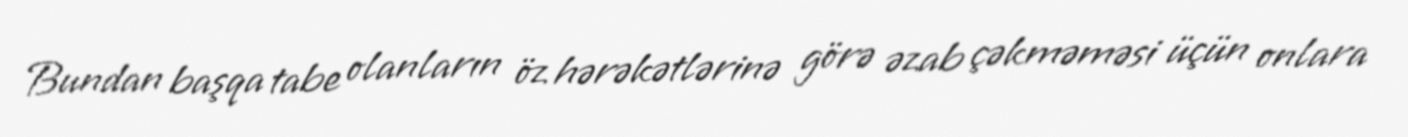
Bundan başqa tabe olanların öz hərəkətlərinə görə əzab çəkməməsi üçün onlara